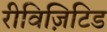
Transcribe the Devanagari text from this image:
रीविज़िटिड